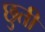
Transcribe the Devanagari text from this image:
छुती